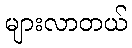
များလာတယ်